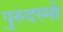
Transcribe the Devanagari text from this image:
पुरुदस्मो